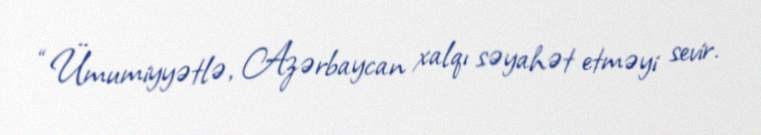
“Ümumiyyətlə, Azərbaycan xalqı səyahət etməyi sevir.